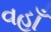
વહાઁ